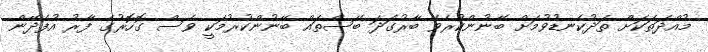
މުއްދަތަކަށް ތަދުކެނޑުވުމަށް ބޭނުންކުރެވޭ ބާރުގަދަ ބޭސްތައް ބޭނުންކުރުމަކީ ވެސް ގޮހޮރުގެ ފާރު އުފެދޭން